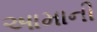
આમાની